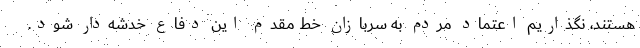
هستند، نگذاریم اعتماد مردم به سربازان خط مقدم این دفاع خدشه‌دار شود.